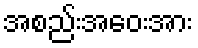
အစည်းအဝေးအား